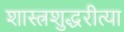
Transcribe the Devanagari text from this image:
शास्त्रशुद्धरीत्या